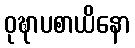
ဝုဍ္ဎာပစာယိနော